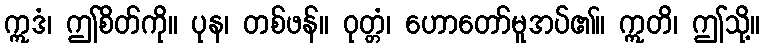
ဣဒံ၊ ဤစိတ်ကို။ ပုန၊ တစ်ဖန်။ ဝုတ္တံ၊ ဟောတော်မူအပ်၏။ ဣတိ၊ ဤသို့။